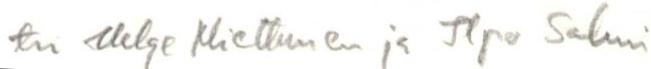
tri Helge Miettunen ja Ilpo Salmi